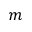
m